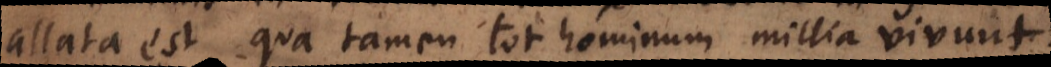
allata est, qua tamen tot hominum millia vivunt.